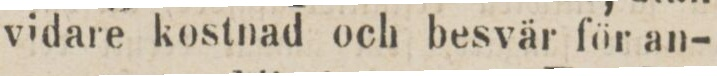
vidare kostnad och besvär för an-